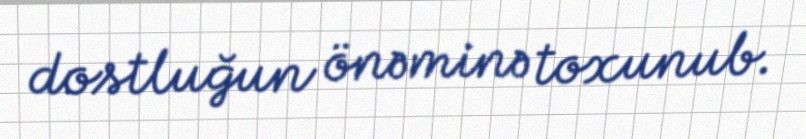
dostluğun önəminə toxunub.